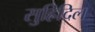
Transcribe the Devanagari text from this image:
सुह्रिदिल